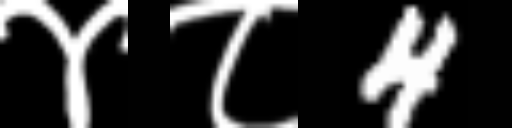
Text: ४८4